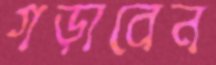
গড়াবেন